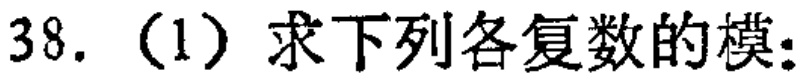
38.（1）求下列各复数的模：